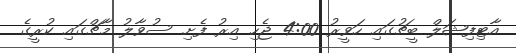
އާޓިފިޝަލް ބީޗުގައި ހަވީރު 4:00 ޖެހި އިރު ފެށި ސުވާލު މާޗްގައި ކުރީގެ